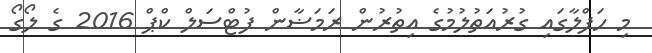
މި ހަފްލާގައި ގުރުއަތުލުމުގެ އިތުރުން ރަމަޟާން ފުޓްސަލް ކްޕް 2016 ގެ ލޯގޯ